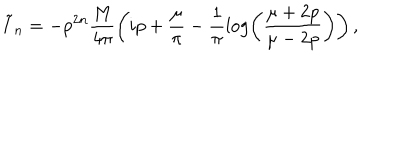
\tilde { I } _ { n } = - p ^ { 2 n } \frac { M } { 4 \pi } \left( i p + \frac { \mu } { \pi } - \frac { 1 } { \pi } \log \left( \frac { \mu + 2 p } { \mu - 2 p } \right) \right) ,